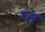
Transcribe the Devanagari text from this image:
प्त